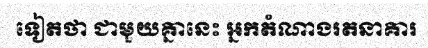
ទៀតថា ជាមួយគ្នានេះ អ្នកតំណាងរតនាគារ